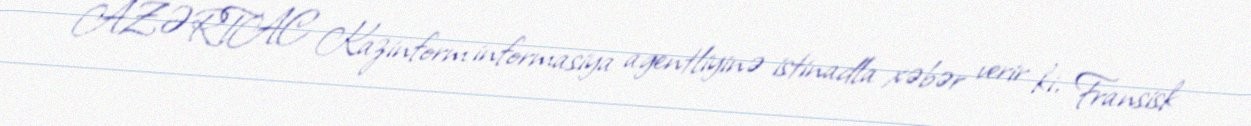
AZƏRTAC Kazinform informasiya agentliyinə istinadla xəbər verir ki, Fransisk